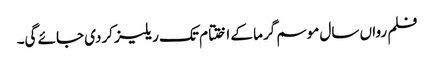
فلم رواں سال موسم گرما کے اختتام تک ریلیز کردی جائے گی۔